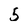
Character: 5